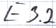
Text: E3.2